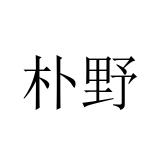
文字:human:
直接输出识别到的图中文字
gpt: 朴野